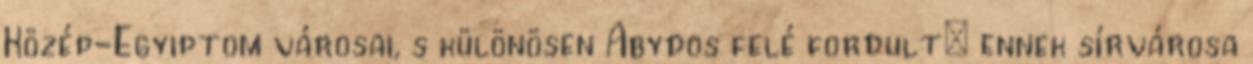
Közép-Egyiptom városai, s különösen Abydos felé fordult; ennek sírvárosa